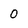
Character: O